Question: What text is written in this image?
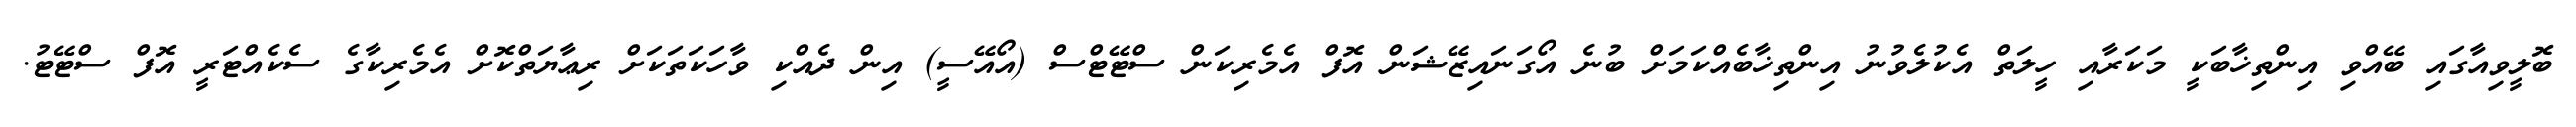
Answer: ބޮލީވިއާގައި ބޭއްވި އިންތިޚާބަކީ މަކަރާއި ހީލަތް އެކުލެވުނު އިންތިޚާބެއްކަމަށް ބުނެ އޯގަނައިޒޭޝަން އޮފް އެމެރިކަން ސްޓޭޓްސް (އޯއޭސީ) އިން ދެއްކި ވާހަކަތަކަށް ރިޢާޔަތްކޮށް އެމެރިކާގެ ސެކެއްޓަރީ އޮފް ސްޓޭޓު.